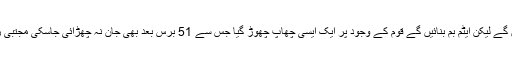
51 سال پہلے دشمن کو للکارنے والا وزیرِ خارجہ ذوالفقار علی بھٹو کا یہ بیان ہم گھانس کھائیں گے لیکن ایٹم بم بنائیں گے قوم کے وجود پر ایک ایسی چھاپ چھوڑ گیا جس سے 51 برس بعد بھی جان نہ چھڑائی جاسکی مجتبیٰ رفیق سمیت ملک کے کروڑوںہونہاروںکے مستقبل طاقت کے خونی کھیل میںرنگ دئیے گئے۔